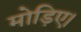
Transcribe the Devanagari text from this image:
मोड़िए।